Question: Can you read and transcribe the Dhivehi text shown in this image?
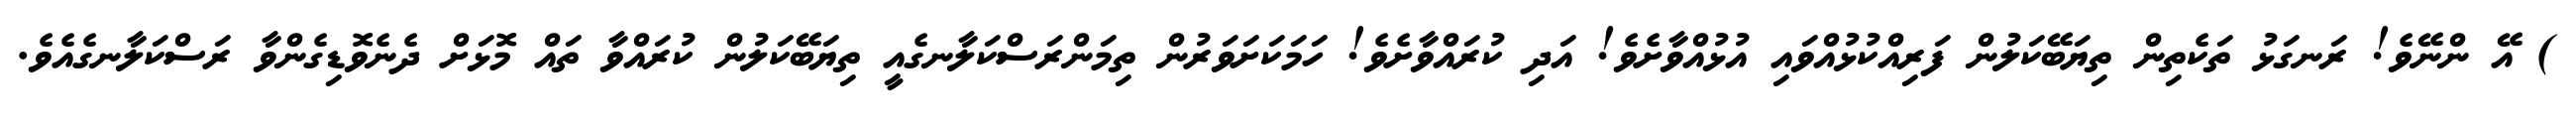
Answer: ) އޭ ންނޭވެ! ރަނގަޅު ތަކެތިން ތިޔަބޭކަލުން ފަރިއްކުޅުއްވައި އުޅުއްވާށެވެ! އަދި ކުރައްވާށެވެ! ހަމަކަށަވަރުން ތިމަންރަސްކަލާނގެއީ ތިޔަބޭކަލުން ކުރައްވާ ތައް މޮޅަށް ދެނެވޮޑިގެންވާ ރަސްކަލާނގެއެވެ.